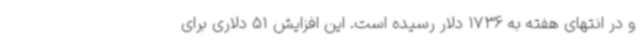
و در انتهای هفته به 1736 دلار رسیده است. این افزایش 51 دلاری برای